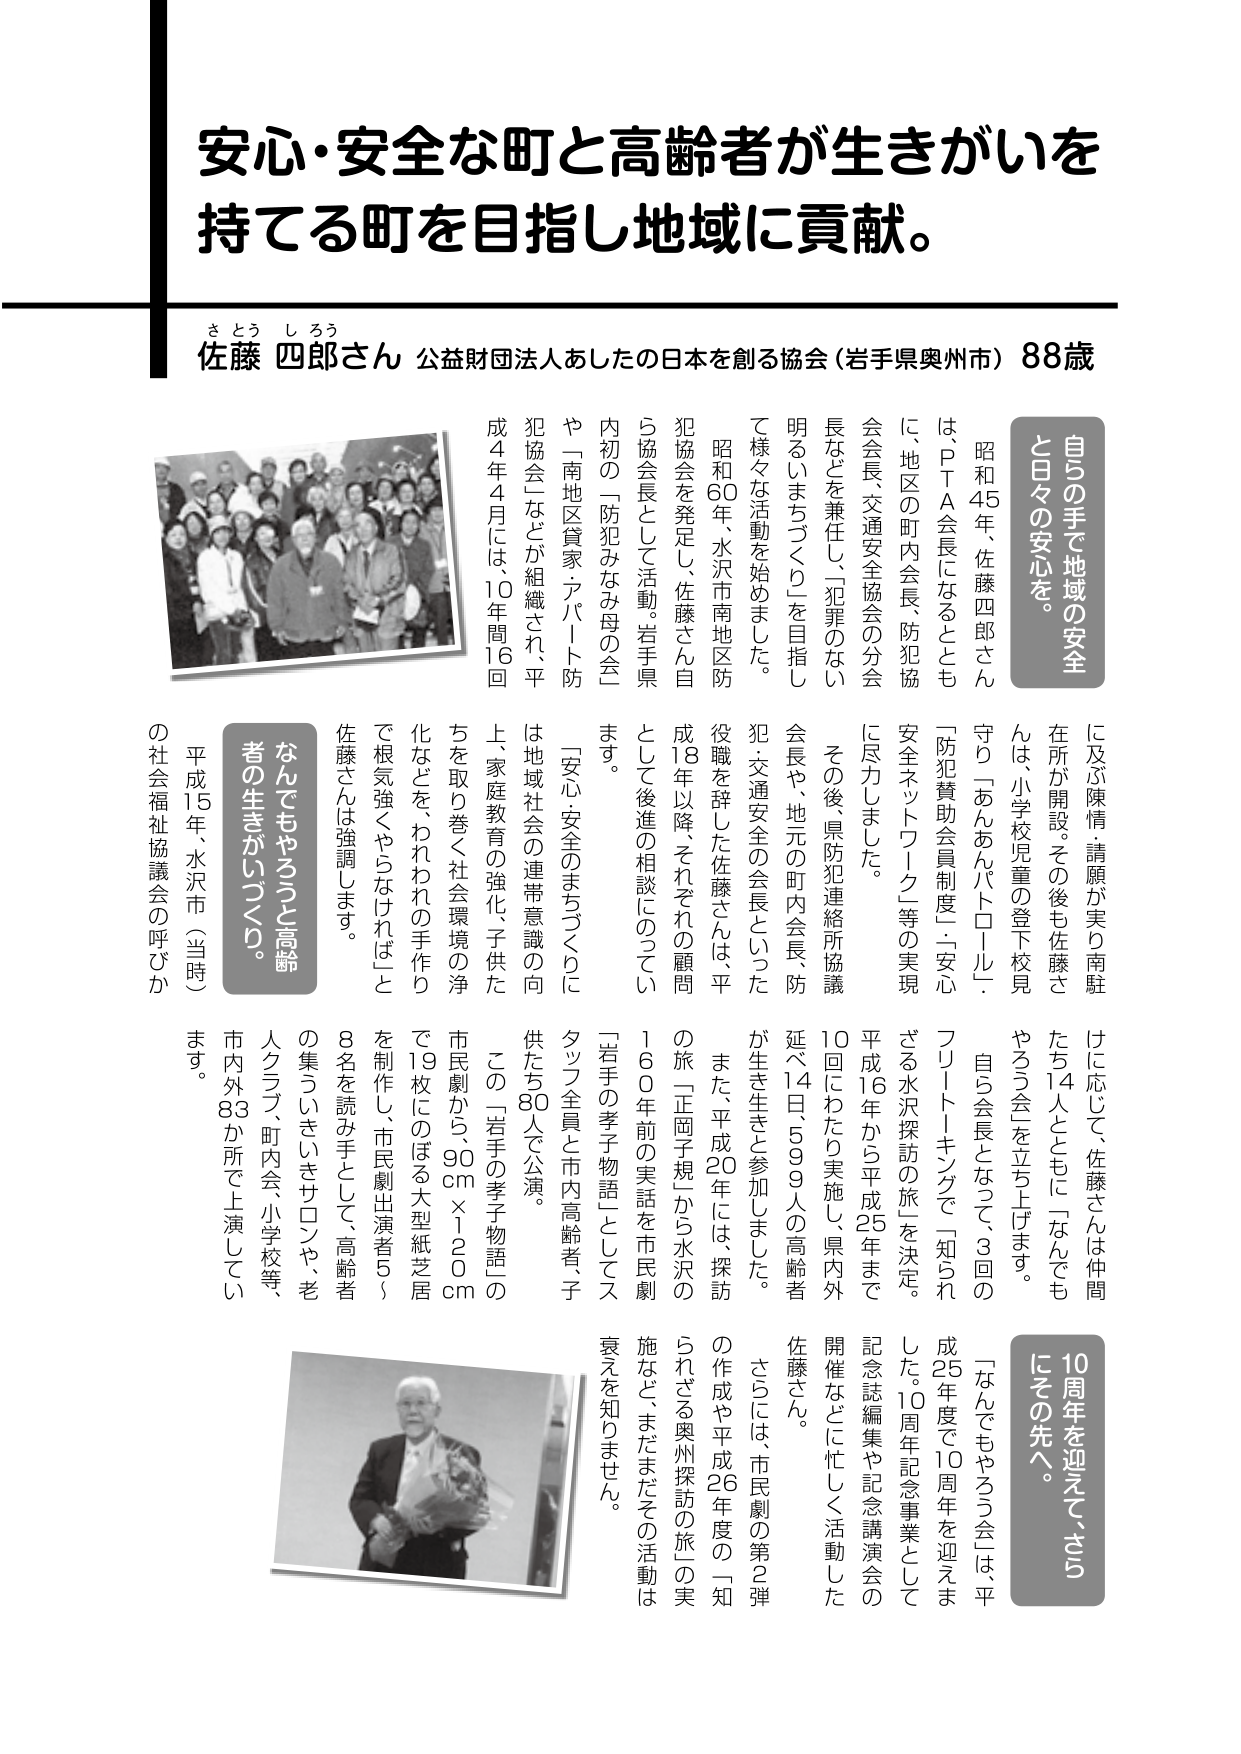
安心・安全な町と高齢者が生きがいを持てる町を目指し地域に貢献。

さとう しろう
佐藤 四郎さん 公益財団法人あしたの日本を創る協会（岩手県奥州市）88歳

自らの手で地域の安全
と日々の安心を。

昭和45年、佐藤四郎さんは、PTA会長になるとともに、地区の町内会長、防犯協会会長、交通安全協会の分会長などを兼任し、「犯罪のない明るいまちづくり」を目指して様々な活動を始めました。

昭和60年、水沢市南地区防犯協会を発足し、佐藤さん自ら協会長として活動。岩手県内初の「防犯みなみ母の会」や「南地区貸家・アパート防犯協会」などが組織され、平成4年4月には、10年間16回に及ぶ陳情・請願が実り南駐在所が開設。その後も佐藤さんは、小学校児童の登下校見守り「あんあんパトロール」、「防犯賛助会員制度」・「安心安全ネットワーク」等の実現に尽力しました。

その後、県防犯連絡所協議会長や、地元の町内会長、防犯・交通安全の会長といった役職を辞した佐藤さんは、平成18年以降、それぞれの顧問として後進の相談にのっています。

「安心・安全のまちづくりには地域社会の連帯意識の向上、家庭教育の強化、子供たちを取り巻く社会環境の浄化などを、われわれの手作りで根気強くやらなければ」と佐藤さんは強調します。

なんでもやろうと高齢者の生きがいづくり。

平成15年、水沢市（当時）の社会福祉協議会の呼びかけに応じて、佐藤さんは仲間たち14人とともに「なんでもやろう会」を立ち上げます。

自ら会長となって、3回のフリートーキングで「知られざる水沢探訪の旅」を決定。平成16年から平成25年まで延べ14日、599人の高齢者が生き生きと参加しました。

また、平成20年には、探訪の旅「正岡子規」から水沢の「岩手の孝子物語」としてスタッフ全員と市内高齢者、子供たち80人で公演。

この「岩手の孝子物語」の市民劇から、90cm×120cmで19枚にのぼる大型紙芝居を制作し、市民劇出演者58名を読み手として、高齢者の集ういきいきサロンや、老人クラブ、町内会、小学校等、市内外83か所で上演しています。

10周年を迎えて、さら
にその先へ。

「なんでもやろう会」は、平成25年度で10周年を迎えました。10周年記念事業として記念誌編集や記念講演会の開催などに忙しく活動した佐藤さん。

さらには、市民劇の第2弾の作成や平成26年度の「知られざる奥州探訪の旅」の実施など、まだまだその活動は衰えを知りません。